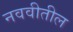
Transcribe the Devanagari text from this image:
नववीतील